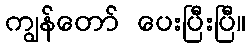
ကျွန်တော် ပေးပြီးပြီ။